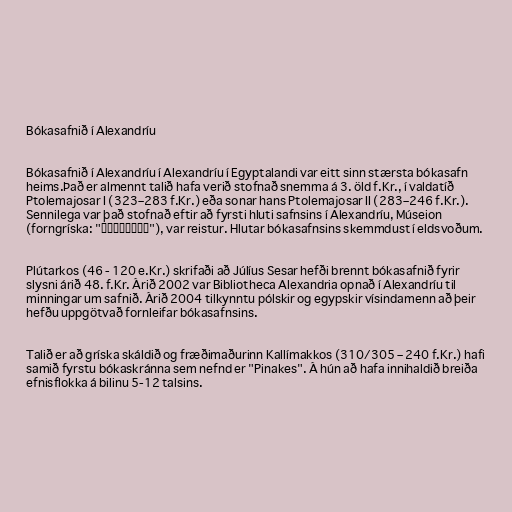
Bókasafnið í Alexandríu

Bókasafnið í Alexandríu í Alexandríu í Egyptalandi var eitt sinn stærsta bókasafn
heims.Það er almennt talið hafa verið stofnað snemma á 3. öld f.Kr., í valdatíð
Ptolemajosar I (323–283 f.Kr.) eða sonar hans Ptolemajosar II (283–246 f.Kr.).
Sennilega var það stofnað eftir að fyrsti hluti safnsins í Alexandríu, Múseion
(forngríska: "Μουσείον"), var reistur. Hlutar bókasafnsins skemmdust í eldsvoðum.

Plútarkos (46 - 120 e.Kr.) skrifaði að Júlíus Sesar hefði brennt bókasafnið fyrir
slysni árið 48. f.Kr. Árið 2002 var Bibliotheca Alexandria opnað í Alexandríu til
minningar um safnið. Árið 2004 tilkynntu pólskir og egypskir vísindamenn að þeir
hefðu uppgötvað fornleifar bókasafnsins.

Talið er að gríska skáldið og fræðimaðurinn Kallímakkos (310/305 – 240 f.Kr.) hafi
samið fyrstu bókaskránna sem nefnd er "Pinakes". Á hún að hafa innihaldið breiða
efnisflokka á bilinu 5-12 talsins.